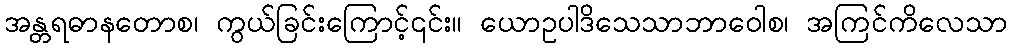
အန္တရဓာနတောစ၊ ကွယ်ခြင်းကြောင့်၎င်း။ ယောဥပါဒိသေသာဘာဝေါစ၊ အကြင်ကိလေသာ